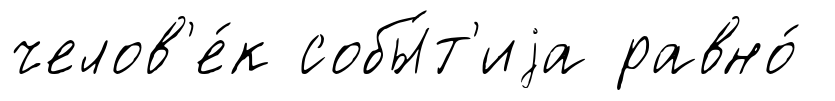
челов'е́к собы́т'иjа равно́